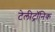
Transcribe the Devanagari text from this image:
टेलीट्रॉनिक